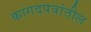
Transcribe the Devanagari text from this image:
कागदपत्रांतील